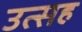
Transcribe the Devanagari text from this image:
उत्सह